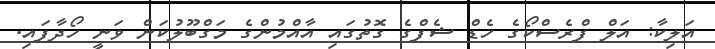
އަލިކާ: އަލް ފްރެސްކޯގެ ހެޑް ޝެފްގެ ގޮތުގައި އާއްމުންގެ މަގްބޫލުކަން ވަނީ ހޯދާފައި.